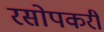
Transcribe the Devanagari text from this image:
रसोपकरी